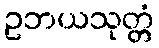
ဥဘယသုတ္တံ